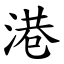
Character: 港